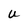
Character: U